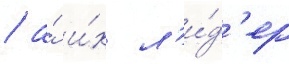
/ а́ и́х л'и́д'ер